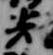
光